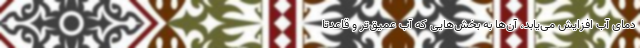
دمای آب افزایش می‌یابد، آن‌ها به بخش‌هایی که آب عمیق‌تر و قاعدتاً